Annual report of the Central Committee of the Association together with the report of the directors of the Pasteur Institute at Kasauli
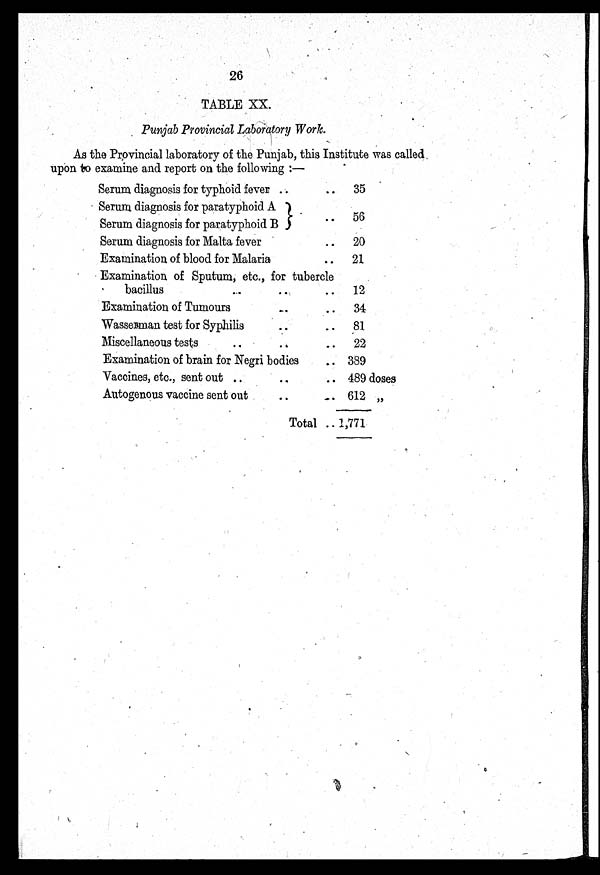
26
TABLE XX.
Punjab Provincial Laboratory Work.
As the Provincial laboratory of the Punjab, this Institute was called
upon to examine and report on the following :—
Serum diagnosis for typhoid fever ..
..
35
Serum diagnosis for paratyphoid. A
..
56
Serum diagnosis for paratyphoid B
Serum diagnosis for Malta fever
..
20
Examination of blood for Malaria
..
21
Examination of Sputum, etc., for tubercle
bacillus
.. .. ..
12
Examination of Tumours
..
..
34
Wasserman test for Syphilis
..
..
81
Miscellaneous tests
..
..
22
Examination of brain for Negri bodies
..
389
Vaccines, etc., sent out ..
..
.. 489 doses
Autogenous vaccine sent out
.. ..
612 „
Total .. 1,771